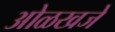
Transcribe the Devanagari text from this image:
ओळखजे